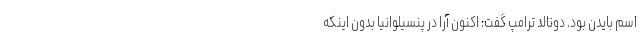
اسم بایدن بود. دونالد ترامپ گفت: اکنون آرا در پنسیلوانیا بدون اینکه